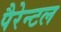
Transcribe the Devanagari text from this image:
पैरेन्टल